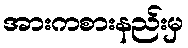
အားကစားနည်းမှ